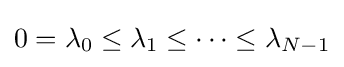
0=\lambda _{0}\leq \lambda _{1}\leq \cdots \leq \lambda _{N-1}